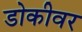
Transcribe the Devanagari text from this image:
डोकीवर